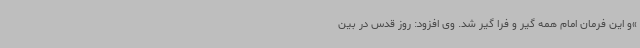
»و این فرمان امام همه گیر و فرا گیر شد. وی افزود: روز قدس در بین